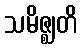
သမိဇ္ဈတိ